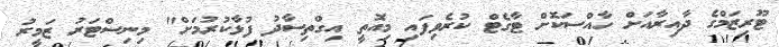
ޓޫރިޒަމްގެ ދާއިރާއަށް ހާއްސަކޮށް ޓާގެޓް ކުރެވިފައި މިއޮތީ އިގްތިސާދު ފުޅާކުރުމަށް" މިނިސްޓަރު ޒަމީރު